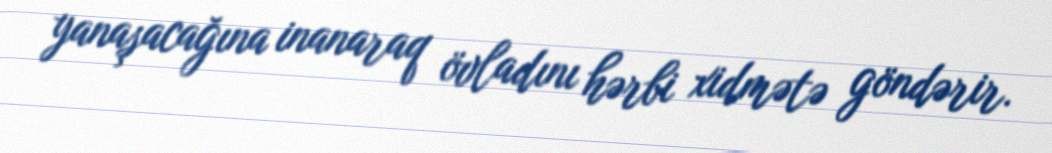
yanaşacağına inanaraq övladını hərbi xidmətə göndərir.